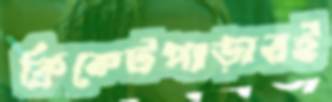
ক্রিকেটপাড়ারই